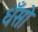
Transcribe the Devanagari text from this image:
धँसो